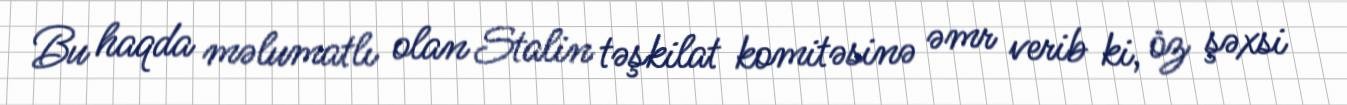
Bu haqda məlumatlı olan Stalin təşkilat komitəsinə əmr verib ki, öz şəxsi